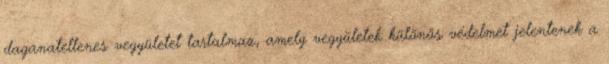
daganatellenes vegyületet tartalmaz, amely vegyületek különös védelmet jelentenek a